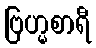
ဗြဟ္မစာရီ